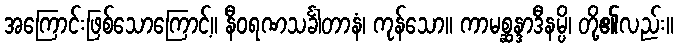
အကြောင်းဖြစ်သောကြောင့်။ နီဝရဏသင်္ခါတာနံ၊ ကုန်သော။ ကာမစ္ဆန္ဒာဒီနမ္ပိ၊ တို့၏လည်း။